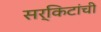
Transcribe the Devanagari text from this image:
सर्किटांची